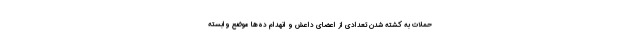
حملات به کشته شدن تعدادی از اعضای داعش و انهدام ده‌ها موضع وابسته